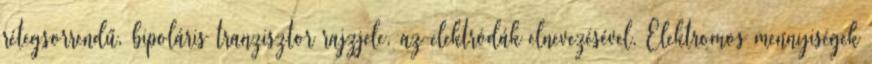
rétegsorrendű, bipoláris tranzisztor rajzjele, az elektródák elnevezésével. Elektromos mennyiségek